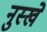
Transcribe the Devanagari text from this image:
नुस्‍खे